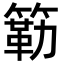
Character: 簕